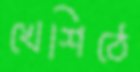
খেশিঠে